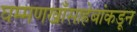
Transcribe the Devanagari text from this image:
घम्मणखाँसाहेबांकडून